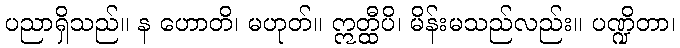
ပညာရှိသည်။ န ဟောတိ၊ မဟုတ်။ ဣတ္ထီပိ၊ မိန်းမသည်လည်း။ ပဏ္ဍိတာ၊